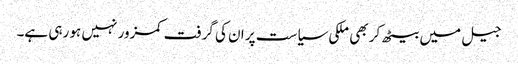
جیل میں بیٹھ کر بھی ملکی سیاست پر ان کی گرفت کمزور نہیں ہو رہی ہے۔